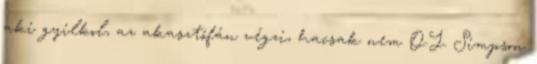
aki gyilkol, az akasztófán végzi, hacsak nem O.J. Simpson